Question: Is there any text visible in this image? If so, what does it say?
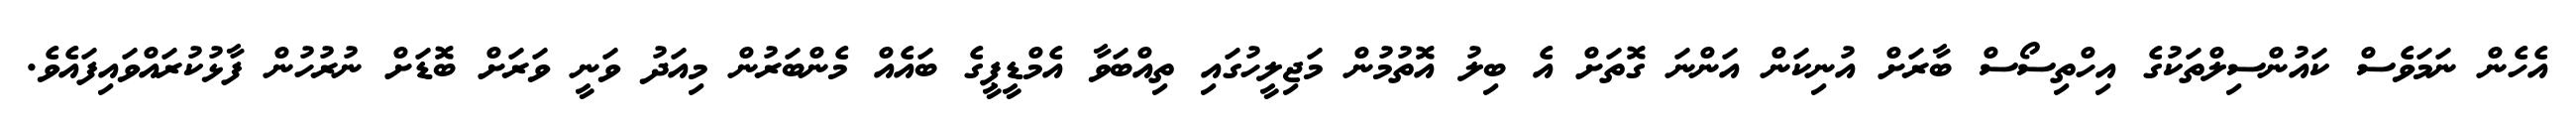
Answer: އެހެން ނަމަވެސް ކައުންސިލްތަކުގެ އިހްތިސޯސް ބާރަށް އުނިކަން އަންނަ ގޮތަށް އެ ބިލު އޮތުމުން މަޖިލީހުގައި ތިއްބަވާ އެމްޑީޕީގެ ބައެއް މެންބަރުން މިއަދު ވަނީ ވަރަށް ބޮޑަށް ނުރުހުން ފާޅުކުރައްވައިފައެވެ.